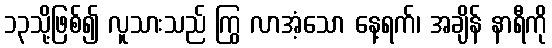
၁၃သို့ဖြစ်၍ လူသားသည် ကြွ လာအံ့သော နေ့ရက်၊ အချိန် နာရီကို